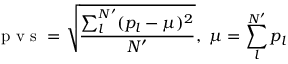
\mathrm { ~ p ~ v ~ s ~ } = \sqrt { \frac { \sum _ { l } ^ { N ^ { \prime } } ( p _ { l } - \mu ) ^ { 2 } } { N ^ { \prime } } } , \, \, \mu = \sum _ { l } ^ { N ^ { \prime } } p _ { l }